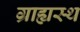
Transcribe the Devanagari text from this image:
ग्राह्यस्थ